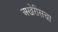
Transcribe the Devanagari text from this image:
अखेरीसचा